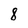
Character: 8